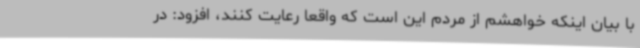
با بیان اینکه خواهشم از مردم این است که واقعا رعایت کنند، افزود: در